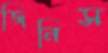
জিনিস